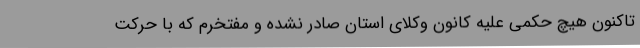
تاکنون هیچ حکمی علیه کانون وکلای استان صادر نشده و مفتخرم که با حرکت